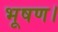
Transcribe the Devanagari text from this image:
भूषण।